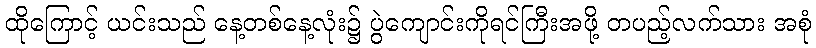
ထိုကြောင့် ယင်းသည် နေ့တစ်နေ့လုံး၌ ပွဲကျောင်းကိုရင်ကြီးအဖို့ တပည့်လက်သား အစုံ